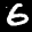
Label: 6